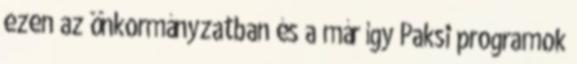
ezen az önkormányzatban és a már így Paksi programok